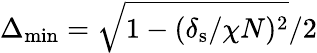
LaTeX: \Delta_{\mathrm{min}}=\sqrt{1-(\delta_{\mathrm{s}}/\chi N)^{2}}/2